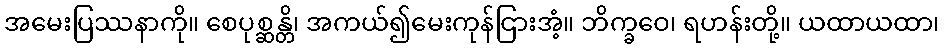
အမေးပြဿနာကို။ စေပုစ္ဆန္တိ၊ အကယ်၍မေးကုန်ငြားအံ့။ ဘိက္ခဝေ၊ ရဟန်းတို့။ ယထာယထာ၊